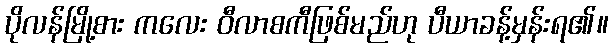
ပိုလန်မြို့စား ကလေး ဝီလာစကီဖြစ်မည်ဟု ပီယာခန့်မှန်းရ၏။